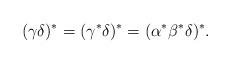
LaTeX: \begin{align*}(\gamma \delta)^* = (\gamma^*\delta)^* = (\alpha ^*\beta^*\delta)^*.\end{align*}